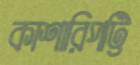
কাশারিপট্টি